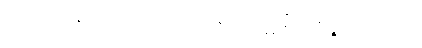
အပ္ပလာဘီနံ ထေတောတိ မူလာနီတိ ဥဒ္ဓစ္စနီဝရဏဉ္စ သွာဒယော